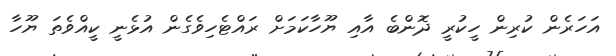
އަހަރެން ކުރިން ހީކުރީ ދޮންބެ އާއި ޔޫހާކަމަށް ރައްޓެހިވެގެން އުޅެނީ ކީއްވެތަ ޔޫހާ